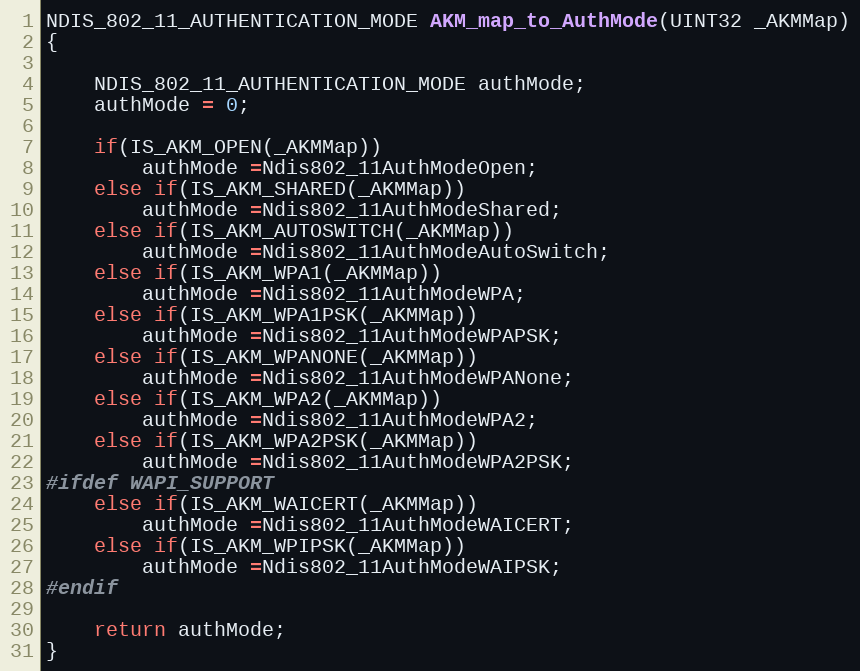
Language: C
NDIS_802_11_AUTHENTICATION_MODE AKM_map_to_AuthMode(UINT32 _AKMMap)
{

	NDIS_802_11_AUTHENTICATION_MODE authMode;
	authMode = 0;

	if(IS_AKM_OPEN(_AKMMap))
		authMode =Ndis802_11AuthModeOpen;
	else if(IS_AKM_SHARED(_AKMMap))
		authMode =Ndis802_11AuthModeShared;
	else if(IS_AKM_AUTOSWITCH(_AKMMap))
		authMode =Ndis802_11AuthModeAutoSwitch;
	else if(IS_AKM_WPA1(_AKMMap))
		authMode =Ndis802_11AuthModeWPA;
	else if(IS_AKM_WPA1PSK(_AKMMap))
		authMode =Ndis802_11AuthModeWPAPSK;
	else if(IS_AKM_WPANONE(_AKMMap))
		authMode =Ndis802_11AuthModeWPANone;
	else if(IS_AKM_WPA2(_AKMMap))
		authMode =Ndis802_11AuthModeWPA2;
	else if(IS_AKM_WPA2PSK(_AKMMap))
		authMode =Ndis802_11AuthModeWPA2PSK;
#ifdef WAPI_SUPPORT
	else if(IS_AKM_WAICERT(_AKMMap))
		authMode =Ndis802_11AuthModeWAICERT;
	else if(IS_AKM_WPIPSK(_AKMMap))
		authMode =Ndis802_11AuthModeWAIPSK;
#endif

	return authMode;
}